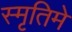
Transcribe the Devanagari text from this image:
स्मृतिमे